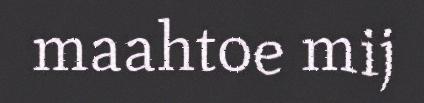
maahtoe mij